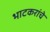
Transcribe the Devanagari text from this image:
भाटकरांचे